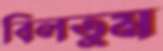
বিলতুম